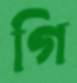
গি